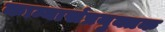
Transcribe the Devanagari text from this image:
कान्यासंप्रयुक्तक